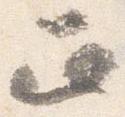
正